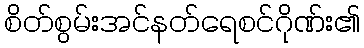
စိတ်စွမ်းအင်နတ်ရေစင်ဂိုဏ်း၏